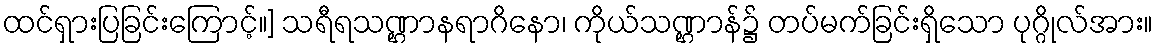
ထင်ရှားပြခြင်းကြောင့်။] သရီရသဏ္ဌာနရာဂိနော၊ ကိုယ်သဏ္ဌာန်၌ တပ်မက်ခြင်းရှိသော ပုဂ္ဂိုလ်အား။